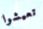
تعيشوا